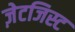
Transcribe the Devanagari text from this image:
ज़ेटजिस्ट